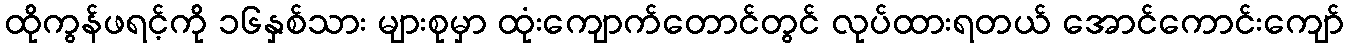
ထိုကွန်ဖရင့်ကို ၁၆နှစ်သား များစုမှာ ထုံးကျောက်တောင်တွင် လုပ်ထားရတယ် အောင်ကောင်းကျော်